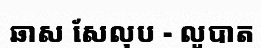
ឆាស សែលុប - លូបាត